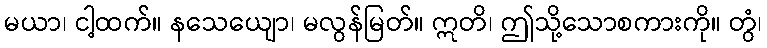
မယာ၊ ငါ့ထက်။ နသေယျော၊ မလွန်မြတ်။ ဣတိ၊ ဤသို့သောစကားကို။ တွံ၊